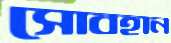
সোবহান